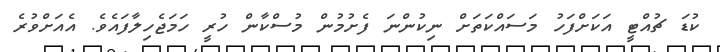
ކުޑަ ޗުއްޓީ އަކަށްފަހު މަސައްކަތަށް ނިކުންނަ ފެށުމުން މުސްކާން ހުރީ ހަމަޖެހިލާފައެވެ. އެއަށްވުރެ